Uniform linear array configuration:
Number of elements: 24
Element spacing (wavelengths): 0.25
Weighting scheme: kaiser
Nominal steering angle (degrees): -60
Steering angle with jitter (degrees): -59.167
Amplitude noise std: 0.05
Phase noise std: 0.05

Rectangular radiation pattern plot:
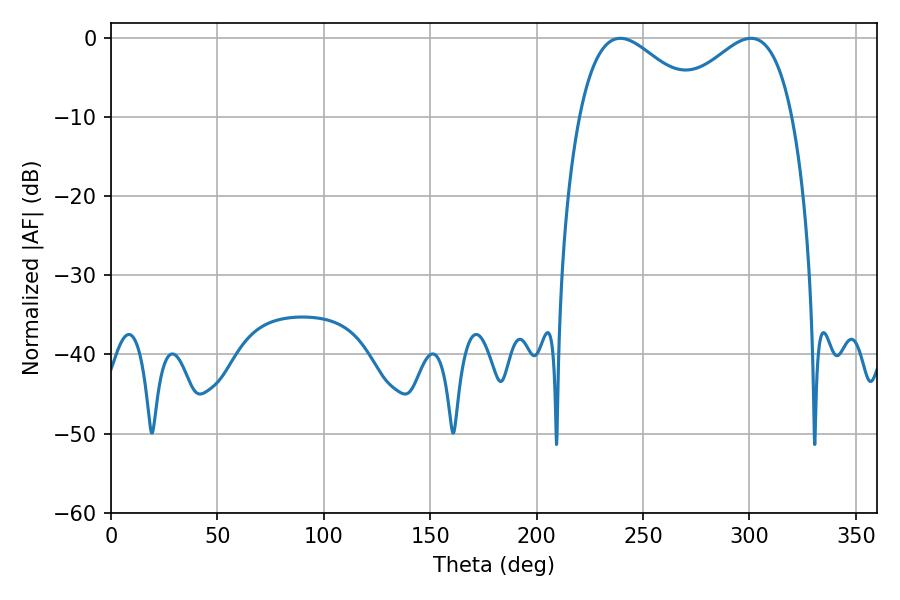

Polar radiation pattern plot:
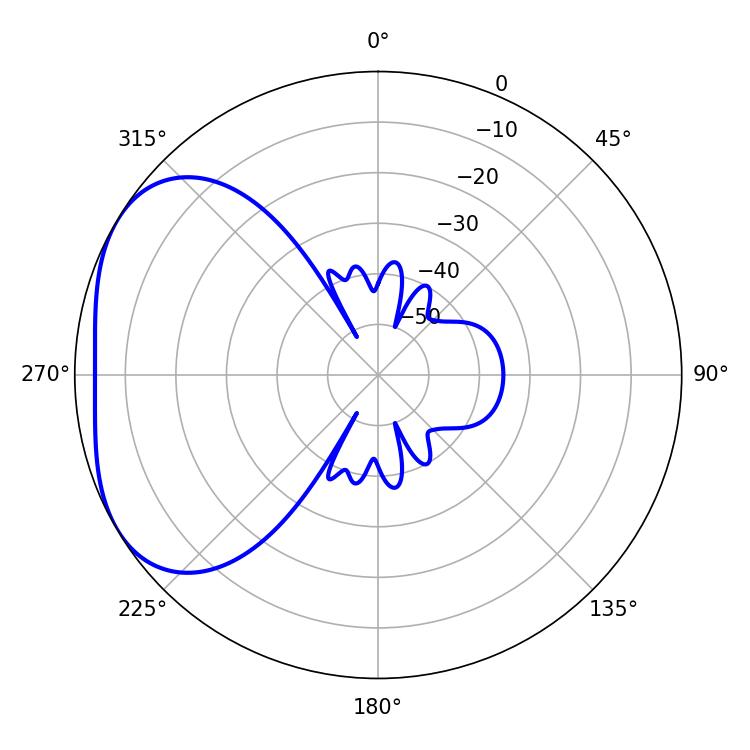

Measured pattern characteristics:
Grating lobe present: FALSE
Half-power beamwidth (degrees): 31.32
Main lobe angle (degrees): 239.22